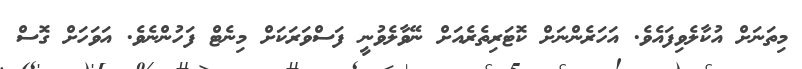
މިތަނަށް އުކާލެވިފައެވެ. އަހަރެންނަށް ކޮޓަރިތެރެއަށް ނޭވާލެވުނީ ފަސްވަރަކަށް މިނެޓް ފަހުންނެވެ. އަވަހަށް ގޮސް